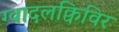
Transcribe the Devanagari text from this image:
ग्वादलक्विविर